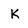
Character: K